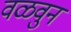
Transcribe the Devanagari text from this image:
वळवुन